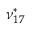
\nu _ { 1 7 } ^ { * }